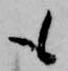
も